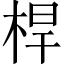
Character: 桿